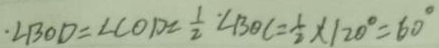
\cdot \angle B O D = \angle C O D = \frac { 1 } { 2 } \cdot \angle B O C = \frac { 1 } { 2 } \times 1 2 0 ^ { \circ } = 6 0 ^ { \circ }